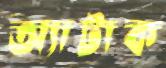
অ্যাটাক